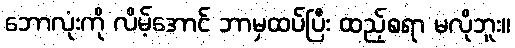
ဘောလုံးကို လိမ့်အောင် ဘာမှထပ်ပြီး ထည့်စရာ မလိုဘူး။